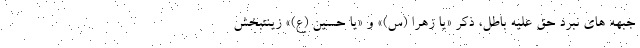
جبهه های نبرد حق علیه باطل، ذکر «یا زهرا (س)» و «یا حسین (ع)» زینتبخش